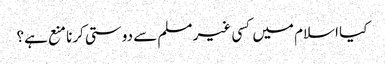
کیا اسلام میں کسی غیر مسلم سے دوستی کرنا منع ہے؟